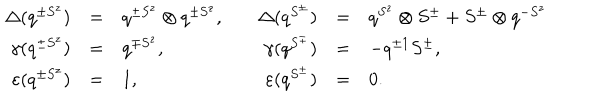
LaTeX: \begin{array} { r c l r c l } { { \Delta ( q ^ { \pm S ^ { z } } ) } } & { { = } } & { { q ^ { \pm S ^ { z } } \otimes q ^ { \pm S ^ { z } } , \quad } } & { { \Delta ( q ^ { S ^ { \pm } } ) } } & { { = } } & { { q ^ { S ^ { z } } \otimes S ^ { \pm } + S ^ { \pm } \otimes q ^ { - S ^ { z } } } } \\ { { { \gamma } ( q ^ { \pm S ^ { z } } ) } } & { { = } } & { { q ^ { \mp S ^ { z } } , } } & { { { \gamma } ( q ^ { S ^ { \pm } } ) } } & { { = } } & { { - q ^ { \pm 1 } S ^ { \pm } , } } \\ { { \varepsilon ( q ^ { \pm S ^ { z } } ) } } & { { = } } & { { 1 , } } & { { \varepsilon ( q ^ { S ^ { \pm } } ) } } & { { = } } & { { 0 . } } \\ \end{array}